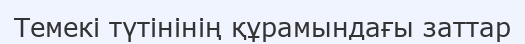
Темекі түтінінің құрамындағы заттар